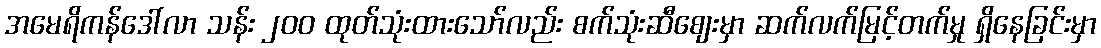
အမေရိကန်ဒေါ်လာ သန်း ၂၀၀ ထုတ်သုံးထားသော်လည်း စက်သုံးဆီစျေးမှာ ဆက်လက်မြင့်တက်မှု ရှိနေခြင်းမှာ